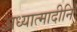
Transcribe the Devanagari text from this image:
अध्यात्मादीनि